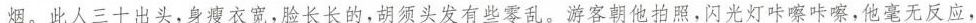
烟，此人三十出头，身瘦衣宽，脸长长的，胡须头发有些零乱。游客朝他拍照，闪光灯咔嚓咔嚓，他毫无反应，